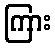
ကြား